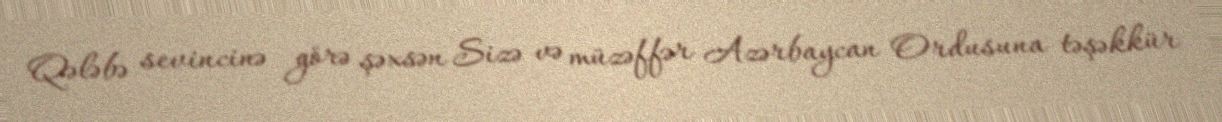
Qələbə sevincinə görə şəxsən Sizə və müzəffər Azərbaycan Ordusuna təşəkkür